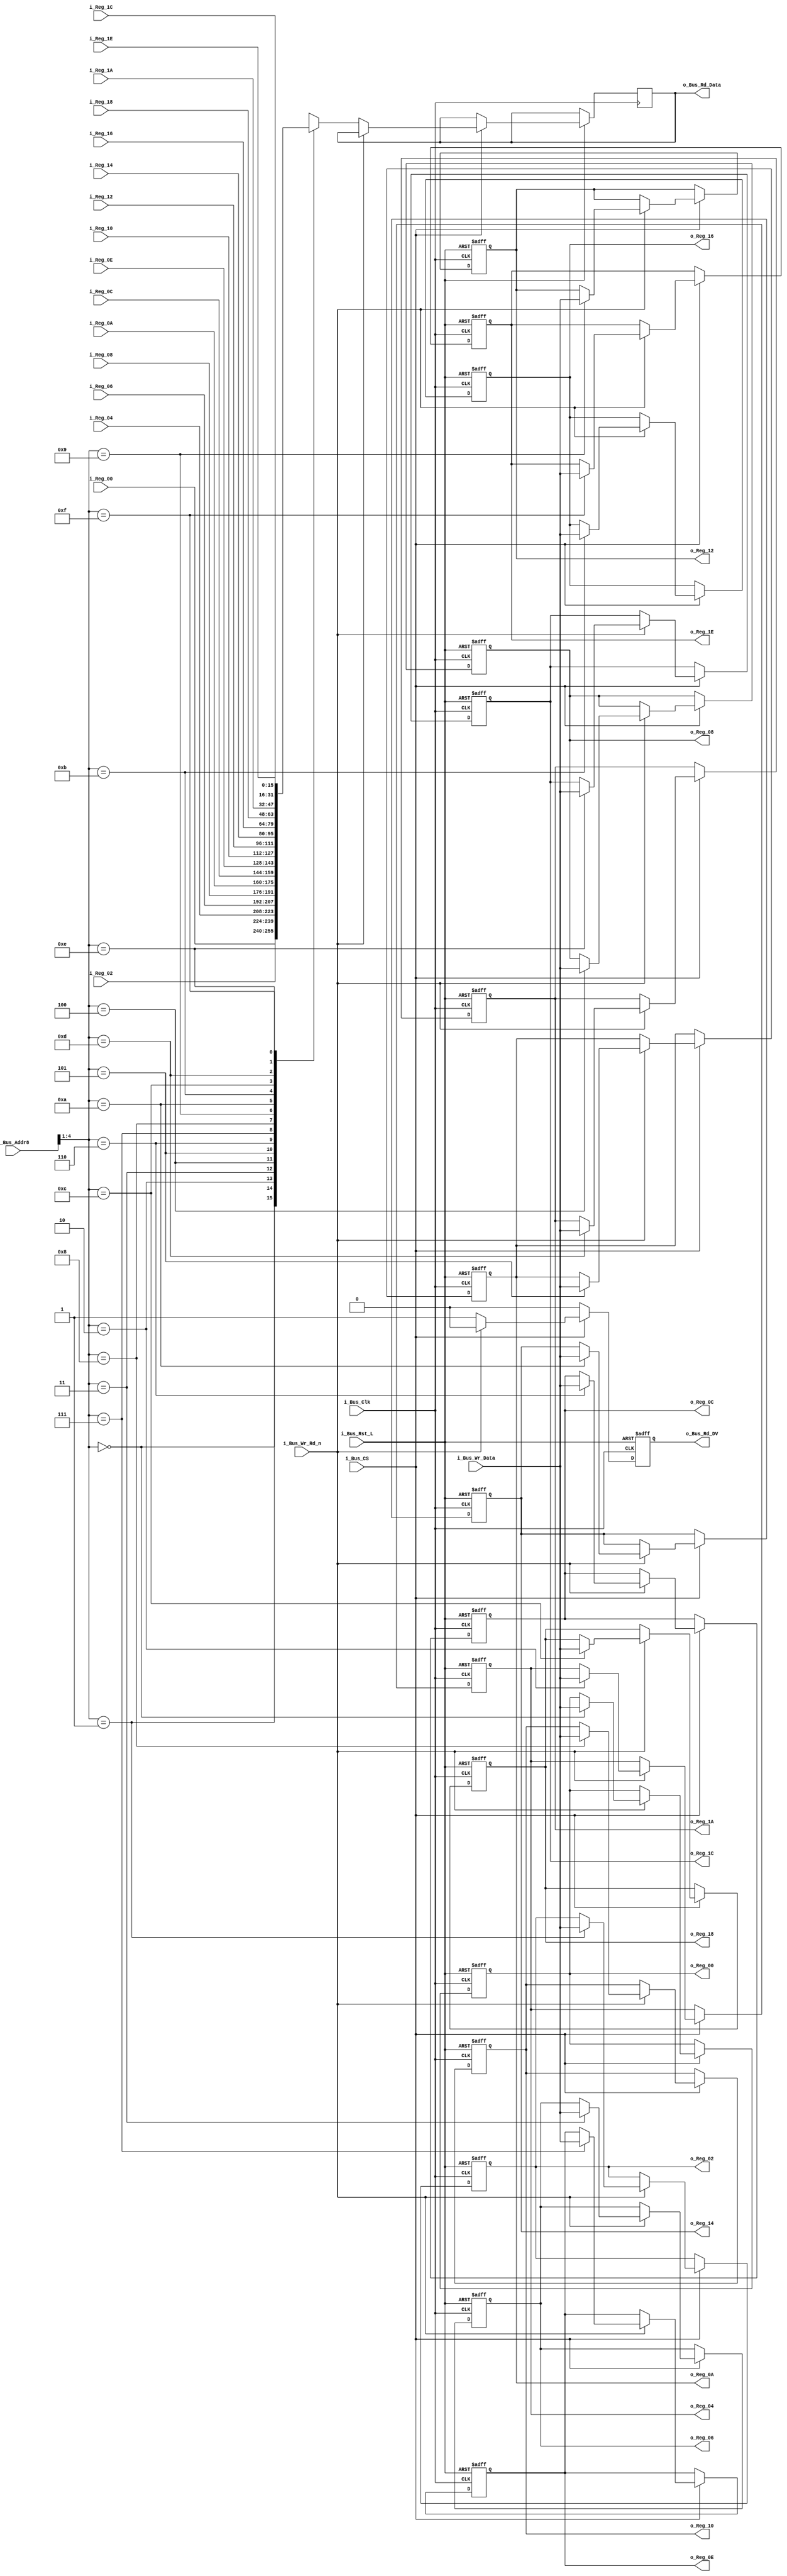
//////////////////////////////////////////////////////////////////////////////
// FPGA Bus Registers
// Contains 16 Readable/Writable Registers.
//
// Parameters:
// BUS_WIDTH - Recommended to set to 8, 16, or 32.
// INIT_XX   - Used to initalize registers to non-zero values.
//
// Note: Address is used to increment into entire word of g_BUS_WIDTH
//////////////////////////////////////////////////////////////////////////////
module Bus_Reg_X16 #(parameter INIT_00  = 0,
                     parameter INIT_02  = 0,
                     parameter INIT_04  = 0,
                     parameter INIT_06  = 0,
                     parameter INIT_08  = 0,
                     parameter INIT_0A  = 0,
                     parameter INIT_0C  = 0,
                     parameter INIT_0E  = 0,
                     parameter INIT_10  = 0,
                     parameter INIT_12  = 0,
                     parameter INIT_14  = 0,
                     parameter INIT_16  = 0,
                     parameter INIT_18  = 0,
                     parameter INIT_1A  = 0,
                     parameter INIT_1C  = 0,
                     parameter INIT_1E  = 0)
 (input             i_Bus_Rst_L,
  input             i_Bus_Clk,
  input             i_Bus_CS,
  input             i_Bus_Wr_Rd_n,
  input [4:0]       i_Bus_Addr8,
  input [15:0]      i_Bus_Wr_Data,
  output reg [15:0] o_Bus_Rd_Data,
  output reg        o_Bus_Rd_DV,
  input [15:0]      i_Reg_00,
  input [15:0]      i_Reg_02,
  input [15:0]      i_Reg_04,
  input [15:0]      i_Reg_06,
  input [15:0]      i_Reg_08,
  input [15:0]      i_Reg_0A,
  input [15:0]      i_Reg_0C,
  input [15:0]      i_Reg_0E,
  input [15:0]      i_Reg_10,
  input [15:0]      i_Reg_12,
  input [15:0]      i_Reg_14,
  input [15:0]      i_Reg_16,
  input [15:0]      i_Reg_18,
  input [15:0]      i_Reg_1A,
  input [15:0]      i_Reg_1C,
  input [15:0]      i_Reg_1E,
  output reg [15:0] o_Reg_00,
  output reg [15:0] o_Reg_02,
  output reg [15:0] o_Reg_04,
  output reg [15:0] o_Reg_06,
  output reg [15:0] o_Reg_08,
  output reg [15:0] o_Reg_0A,
  output reg [15:0] o_Reg_0C,
  output reg [15:0] o_Reg_0E,
  output reg [15:0] o_Reg_10,
  output reg [15:0] o_Reg_12,
  output reg [15:0] o_Reg_14,
  output reg [15:0] o_Reg_16,
  output reg [15:0] o_Reg_18,
  output reg [15:0] o_Reg_1A,
  output reg [15:0] o_Reg_1C,
  output reg [15:0] o_Reg_1E);


  always @(posedge i_Bus_Clk or negedge i_Bus_Rst_L)
  begin
    if (~i_Bus_Rst_L)
    begin
      o_Bus_Rd_DV <= 1'b0;
      o_Reg_00   <= INIT_00;
      o_Reg_02   <= INIT_02;
      o_Reg_04   <= INIT_04;
      o_Reg_06   <= INIT_06;
      o_Reg_08   <= INIT_08;
      o_Reg_0A   <= INIT_0A;
      o_Reg_0C   <= INIT_0C;
      o_Reg_0E   <= INIT_0E;
      o_Reg_10   <= INIT_10;
      o_Reg_12   <= INIT_12;
      o_Reg_14   <= INIT_14;
      o_Reg_16   <= INIT_16;
      o_Reg_18   <= INIT_18;
      o_Reg_1A   <= INIT_1A;
      o_Reg_1C   <= INIT_1C;
      o_Reg_1E   <= INIT_1E;
    end
    else
    begin
      o_Bus_Rd_DV <= 1'b0;

      if (i_Bus_CS == 1'b1)
      begin
        if (i_Bus_Wr_Rd_n == 1'b1) // Write Command
        begin
          case (i_Bus_Addr8[4:1])
          4'b0000 : o_Reg_00 <= i_Bus_Wr_Data;
          4'b0001 : o_Reg_02 <= i_Bus_Wr_Data;
          4'b0010 : o_Reg_04 <= i_Bus_Wr_Data;
          4'b0011 : o_Reg_06 <= i_Bus_Wr_Data;
          4'b0100 : o_Reg_08 <= i_Bus_Wr_Data;
          4'b0101 : o_Reg_0A <= i_Bus_Wr_Data;
          4'b0110 : o_Reg_0C <= i_Bus_Wr_Data;
          4'b0111 : o_Reg_0E <= i_Bus_Wr_Data;
          4'b1000 : o_Reg_10 <= i_Bus_Wr_Data;
          4'b1001 : o_Reg_12 <= i_Bus_Wr_Data;
          4'b1010 : o_Reg_14 <= i_Bus_Wr_Data;
          4'b1011 : o_Reg_16 <= i_Bus_Wr_Data;
          4'b1100 : o_Reg_18 <= i_Bus_Wr_Data;
          4'b1101 : o_Reg_1A <= i_Bus_Wr_Data;
          4'b1110 : o_Reg_1C <= i_Bus_Wr_Data;
          4'b1111 : o_Reg_1E <= i_Bus_Wr_Data;
          endcase
        end
        else // Read Command
        begin
          o_Bus_Rd_DV   <= 1'b1;
          
          case (i_Bus_Addr8[4:1])
          4'b0000 : o_Bus_Rd_Data <= i_Reg_00;
          4'b0001 : o_Bus_Rd_Data <= i_Reg_02;
          4'b0010 : o_Bus_Rd_Data <= i_Reg_04;
          4'b0011 : o_Bus_Rd_Data <= i_Reg_06;
          4'b0100 : o_Bus_Rd_Data <= i_Reg_08;
          4'b0101 : o_Bus_Rd_Data <= i_Reg_0A;
          4'b0110 : o_Bus_Rd_Data <= i_Reg_0C;
          4'b0111 : o_Bus_Rd_Data <= i_Reg_0E;
          4'b1000 : o_Bus_Rd_Data <= i_Reg_10;
          4'b1001 : o_Bus_Rd_Data <= i_Reg_12;
          4'b1010 : o_Bus_Rd_Data <= i_Reg_14;
          4'b1011 : o_Bus_Rd_Data <= i_Reg_16;
          4'b1100 : o_Bus_Rd_Data <= i_Reg_18;
          4'b1101 : o_Bus_Rd_Data <= i_Reg_1A;
          4'b1110 : o_Bus_Rd_Data <= i_Reg_1C;
          4'b1111 : o_Bus_Rd_Data <= i_Reg_1E;
          endcase 
        end // else: !if(i_Bus_Wr_Rd_n == 1'b1)
      end // if (i_Bus_CS == 1'b1)
    end // else: !if(!i_Bus_Rst_L)
  end // always @ (posedge i_Bus_Clk or negedge i_Bus_Rst_L)

endmodule